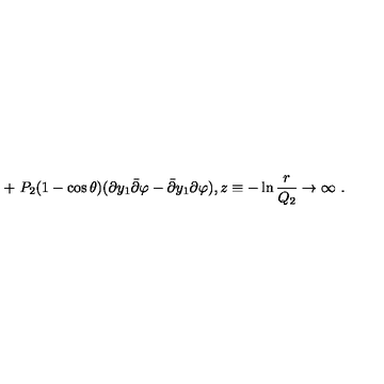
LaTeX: + \ P _ { 2 } ( 1 - \cos \theta ) ( \partial y _ { 1 } { \bar { \partial } } \varphi - { \bar { \partial } } y _ { 1 } \partial \varphi ) , z \equiv - \ln { \frac { r } { Q _ { 2 } } } \to \infty \ .